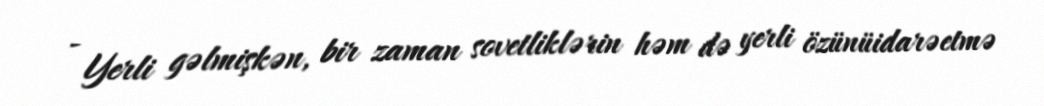
- Yerli gəlmişkən, bir zaman sovetliklərin həm də yerli özünüidarəetmə